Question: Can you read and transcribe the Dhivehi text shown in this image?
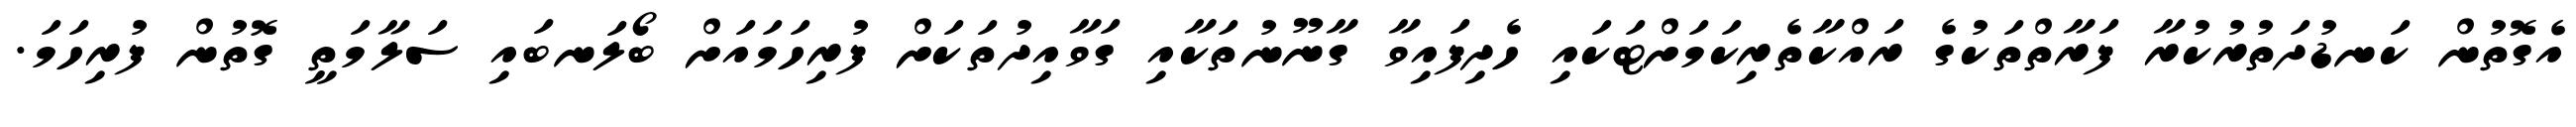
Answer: އެގޮތުން ކަނޑުދަތުރުކުރާ ފަރާތްތަކުގެ ރައްކާތެރިކަމަށްޓަކައި ހެދިފައިވާ ގާނޫނުތަކާއި ގަވާއިދުތަކަށް ފުރިހަމައަށް ބޯލަނބައި ސަލާމަތީ ގޮތުން ފުރިހަމަ.